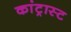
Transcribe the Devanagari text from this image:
कांट्रास्ट